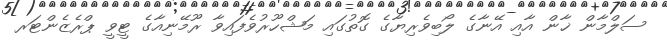
ސަލްމާން ޚާން އާއި އޭނާގެ ލޯބިވެރިޔާގެ ގޮތުގައި މަޝްހޫރުވެފައިވާ ރޫމޭނިއާގެ ޓީވީ ޕްރެޒެންޓަރ